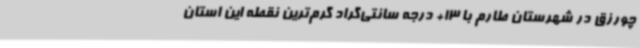
چورزق در شهرستان طارم با 13+ درجه سانتی‌گراد گرم‌ترین نقطه این استان